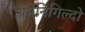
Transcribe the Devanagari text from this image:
अर्मेनिगिल्दो